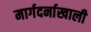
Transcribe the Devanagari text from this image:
मार्गदर्नाखाली